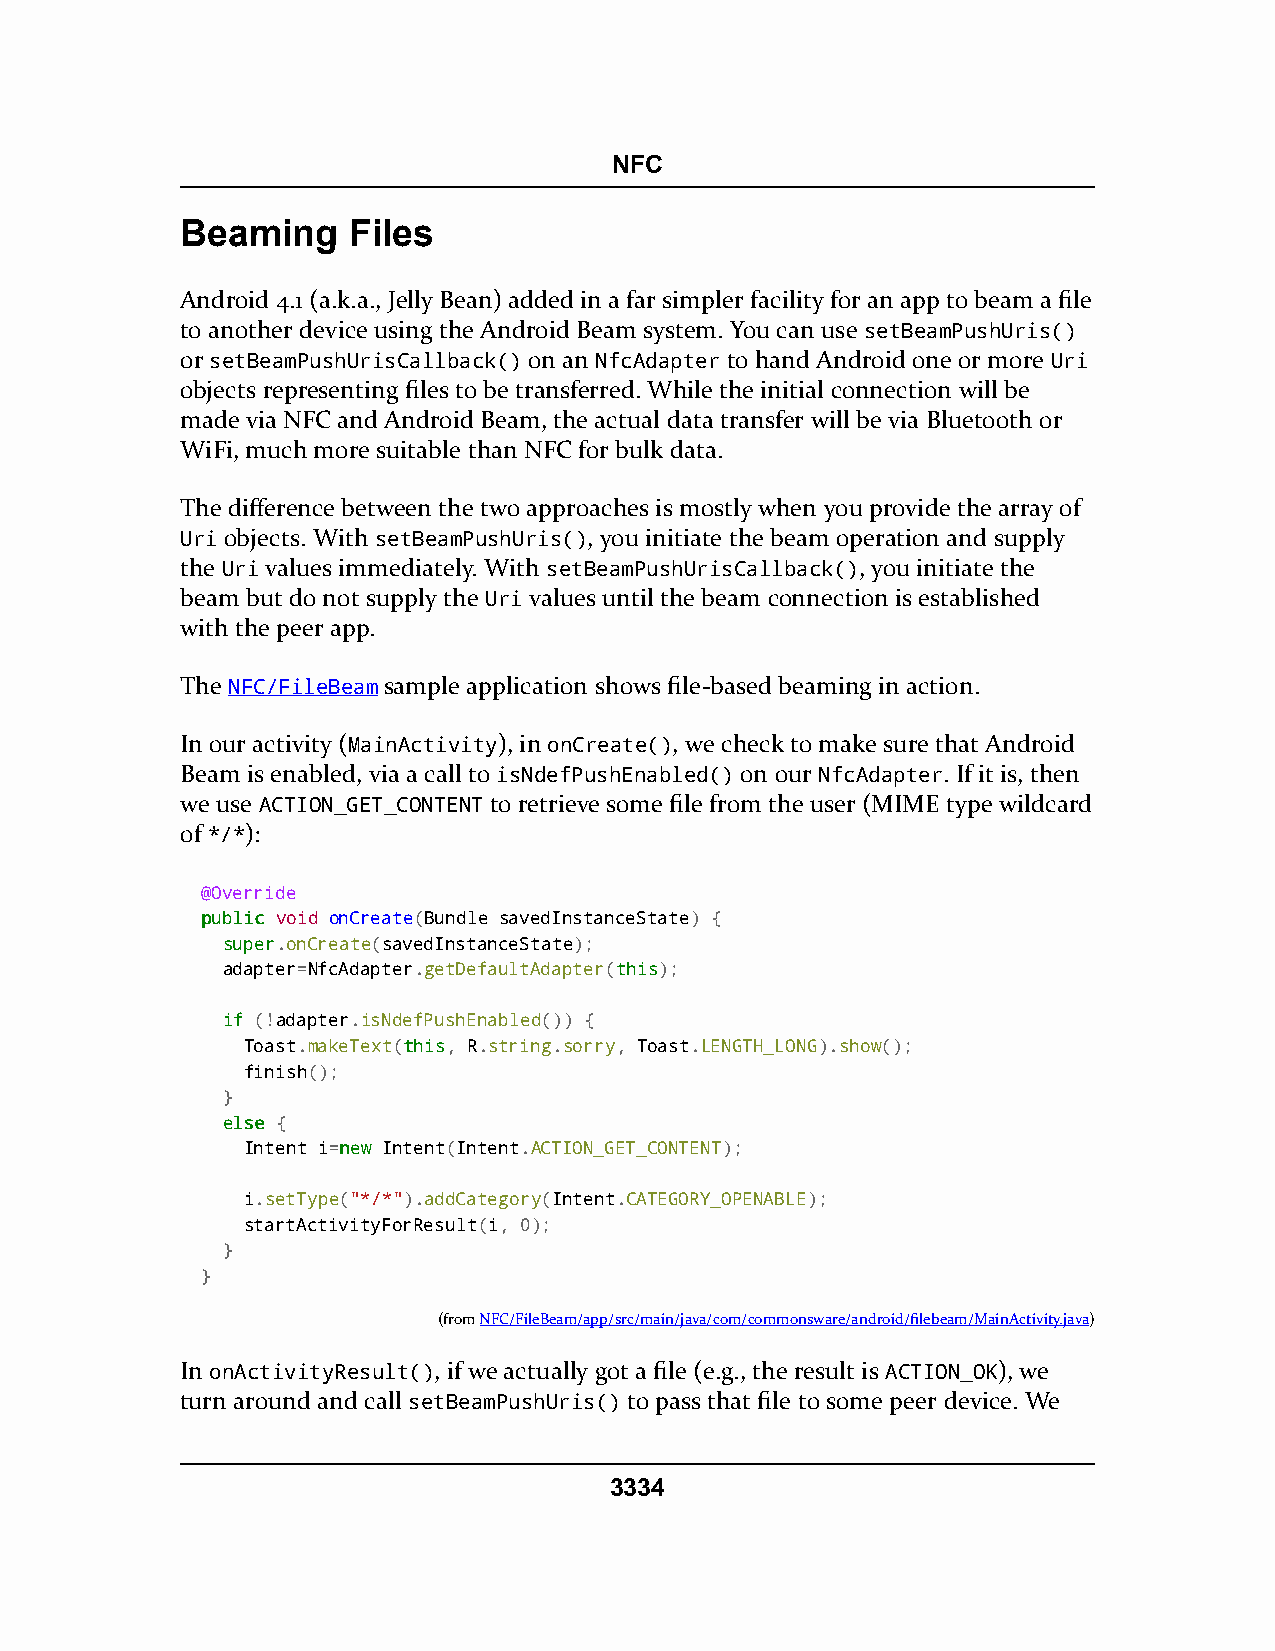
NFC
 Beaming    Files
 Android 4.1 (a.k.a., Jelly Bean) added in a far simpler facility for an app to beam a file
 to another device using the Android Beam system. You can use setBeamPushUris()
 or setBeamPushUrisCallback() on an NfcAdapter to hand Android one or more Uri
 objects representing files to be transferred. While the initial connection will be
 made via NFC and Android Beam, the actual data transfer will be via Bluetooth or
 WiFi, much more suitable than NFC for bulk data.
 The difference between the two approaches is mostly when you provide the array of
 Uri objects. With setBeamPushUris(), you initiate the beam operation and supply
 the Uri values immediately. With setBeamPushUrisCallback(), you initiate the
 beam but do not supply the Uri values until the beam connection is established
 with the peer app.
 The NFC/FileBeam sample application shows file-based beaming in action.
 In our activity (MainActivity), in onCreate(), we check to make sure that Android
 Beam is enabled, via a call to isNdefPushEnabled() on our NfcAdapter. If it is, then
 we use ACTION_GET_CONTENT to retrieve some file from the user (MIME type wildcard
 of */*):
 @Override
 ppuubblliicc void onCreate(Bundle savedInstanceState) {
 ssuuppeerr.onCreate(savedInstanceState);
 adapter=NfcAdapter.getDefaultAdapter(tthhiiss);
 iiff (!adapter.isNdefPushEnabled()) {
 Toast.makeText(tthhiiss, R.string.sorry, Toast.LENGTH_LONG).show();
 finish();
 }
 eellssee {
 Intent i=nneeww Intent(Intent.ACTION_GET_CONTENT);
 i.setType("*/*").addCategory(Intent.CATEGORY_OPENABLE);
 startActivityForResult(i, 0);
 }
 }
 (fromNFC/FileBeam/app/src/main/java/com/commonsware/android/filebeam/MainActivity.java)
 In onActivityResult(), if we actually got a file (e.g., the result is ACTION_OK), we
 turn around and call setBeamPushUris() to pass that file to some peer device. We
 3334